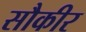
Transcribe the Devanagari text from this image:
सौकीर